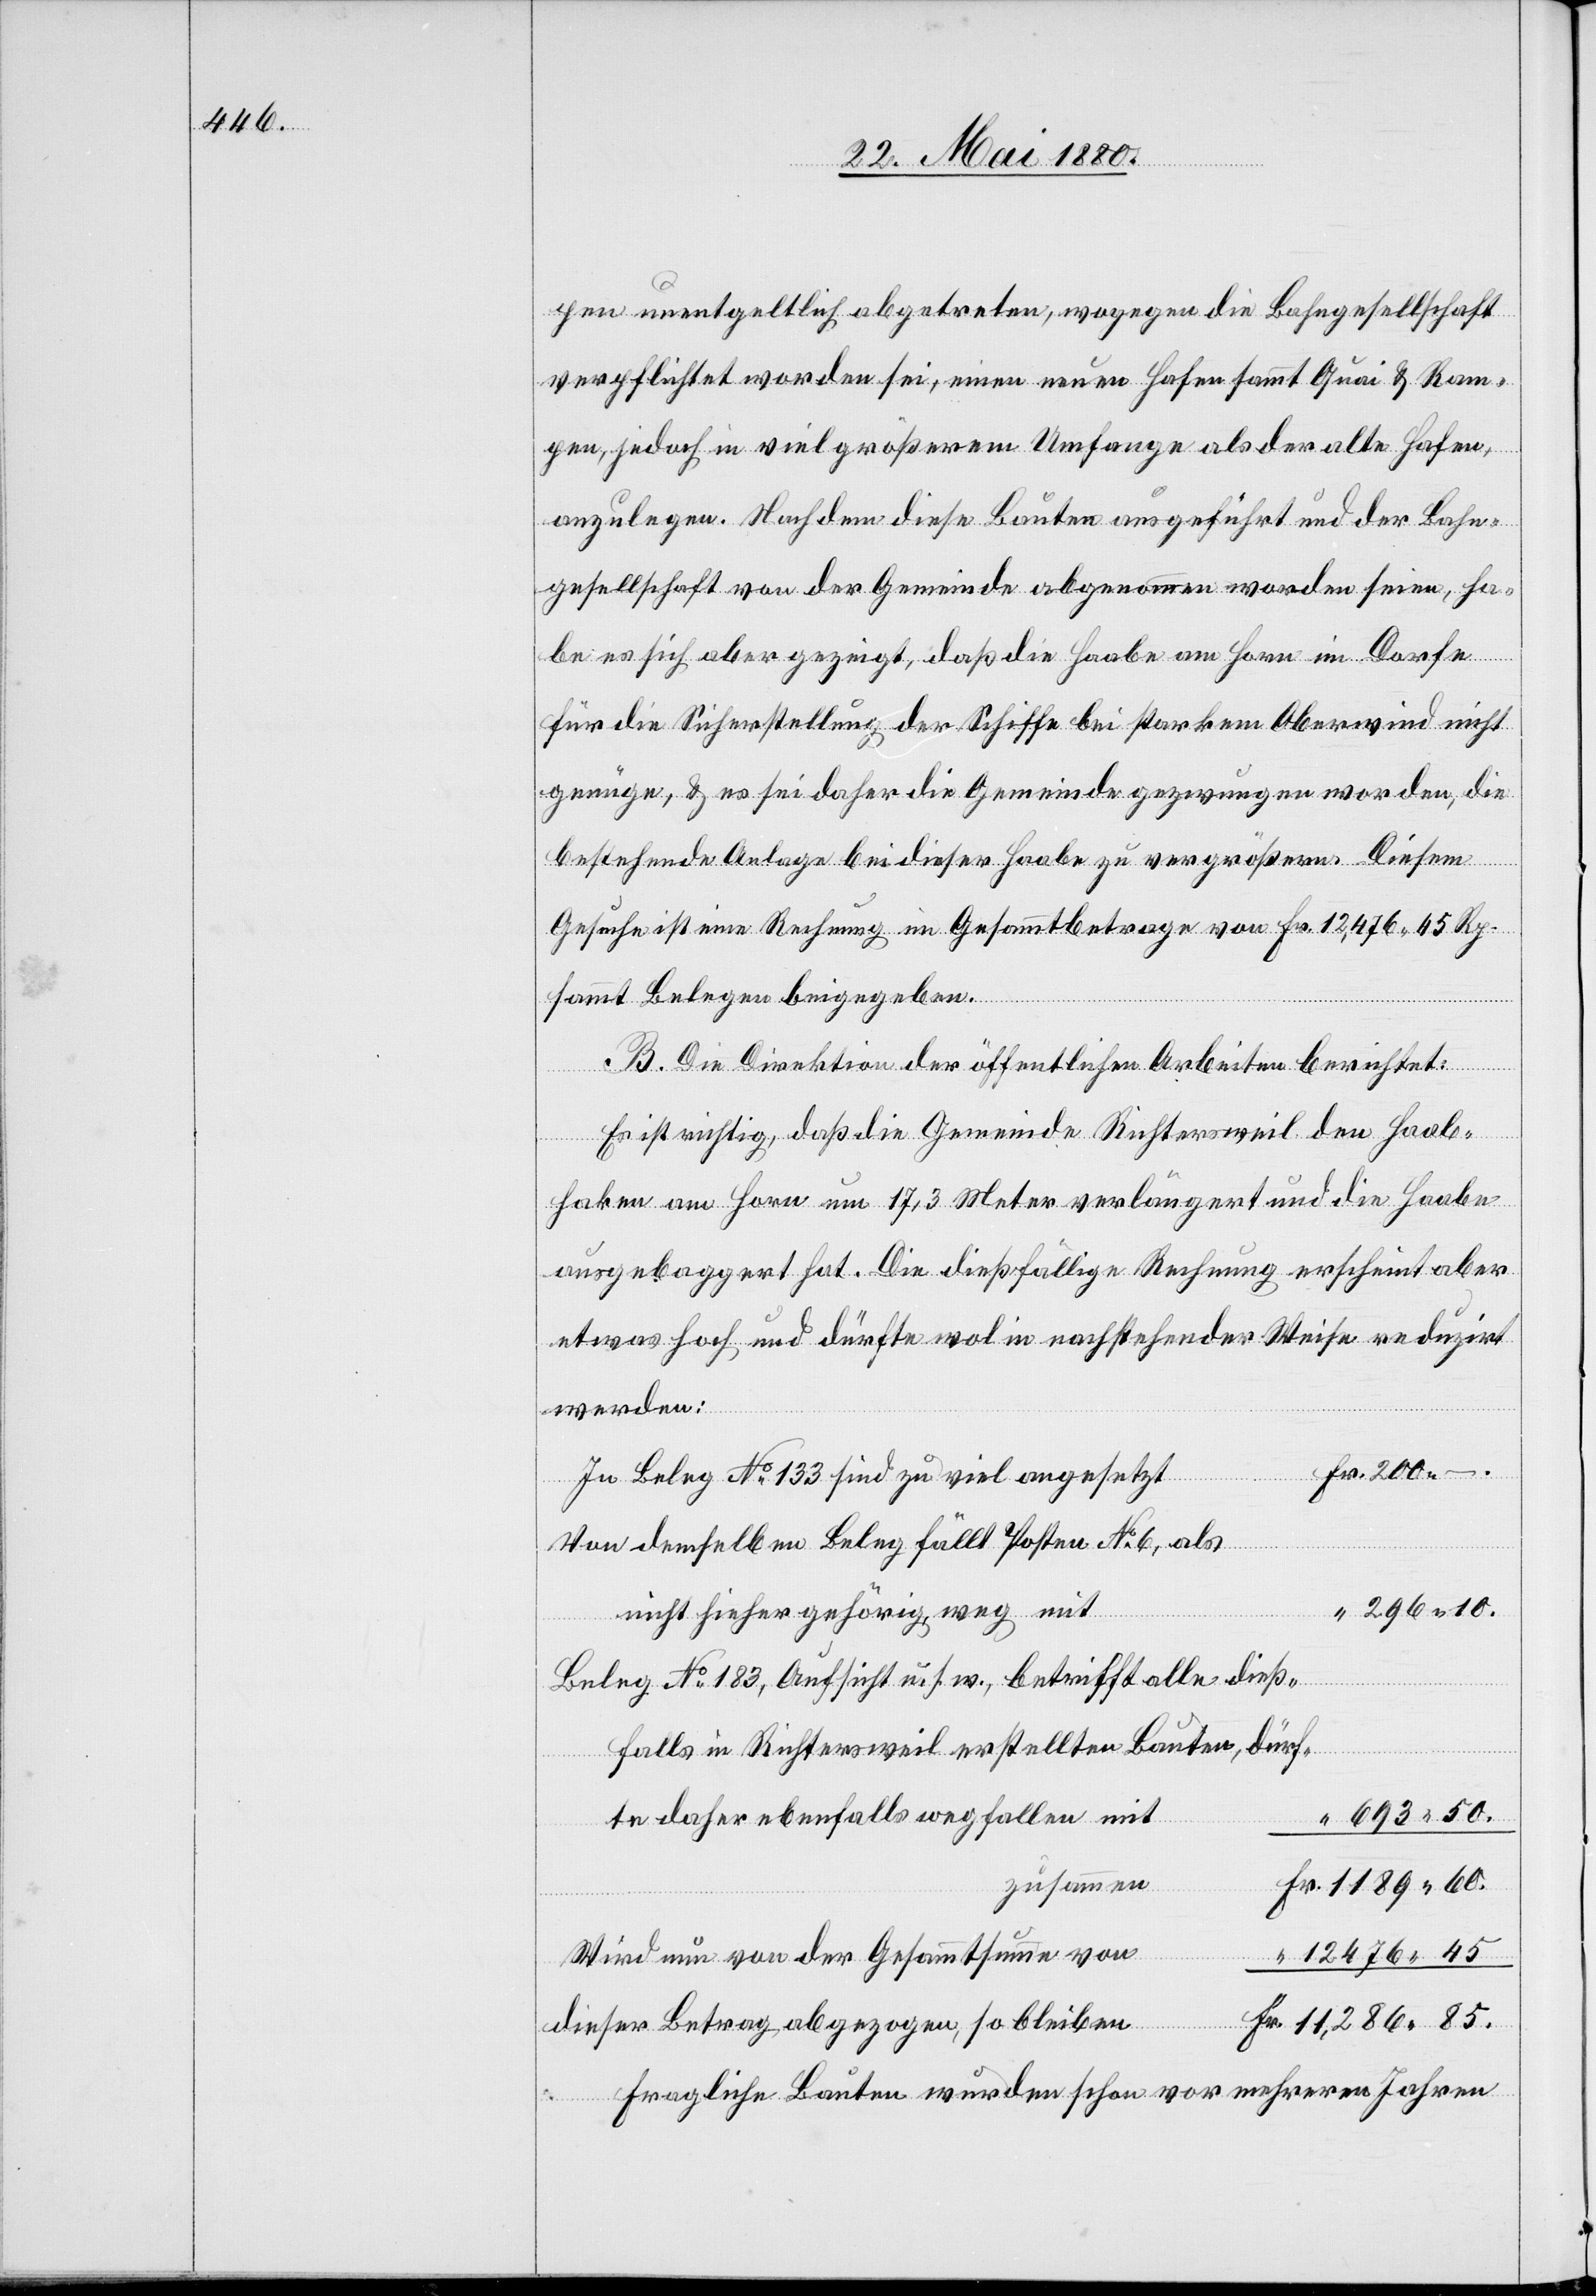
pen unentgeltlich abgetreten, wogegen die Bahngesellschaft
verpflichtet worden sei, einen neuen Hafen sammt Quai & Ram¬
pen, jedoch in viel größerem Umfange als der alte Hafen,
anzulegen. Nachdem diese Bauten ausgeführt und der Bahn¬
gesellschaft von der Gemeinde abgenommen worden seien, ha¬
be es sich aber gezeigt, daß die Haabe am Horn im Dorfe
für die Sicherstellung der Schiffe bei starkem Oberwind nicht
genüge, & es sei daher die Gemeinde gezwungen worden, die
bestehende Anlage bei dieser Haabe zu vergrößern. Diesem
Gesuche ist eine Rechnung im Gesammtbetrage von Fr. 12,476. 45 Rp.
sammt Belegen beigegeben.
B. Die Direktion der öffentlichen Arbeiten berichtet:
Fr.
Es ist richtig, daß die Gemeinde Richtersweil den Haab¬
haken am Horn um 17,3 Meter verlängert und die Haabe
ausgebaggert hat. Die dießfällige Rechnung erscheint aber
etwas hoch und dürfte wol in nachstehender Weise reduzirt
werden:
Im Beleg No 133 sind zu viel angesetzt
Von demselben Beleg fällt Posten No 6, als
nicht hieher gehörig, weg mit
Beleg No 183, Aufsicht u. s. w., betrifft alle dieß¬
.
falls in Richtersweil erstellten Bauten, dürf¬
te daher ebenfalls wegfallen mit
zusammen
Wird nun von der Gesammtsumme von
dieser Betrag abgezogen, so bleiben
Fragliche Bauten wurden schon vor mehreren Jahren